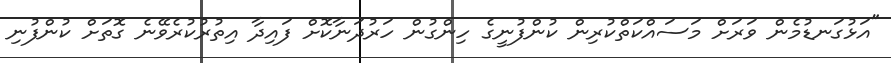
"އަޅުގަނޑުމެން ވަރަށް މަސައްކަތްކުރިން ކުންފުނީގެ ހިންގުން ހަރުދަނާކޮށް ފައިދާ އިތުރުކުރެވޭނެ ގޮތަށް ކުންފުނި